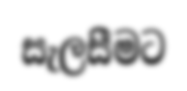
සැලසීමට